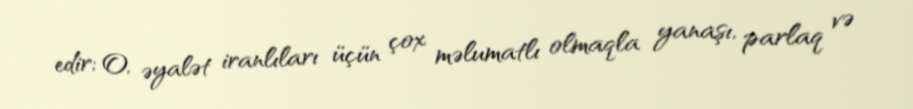
edir; O, əyalət iranlıları üçün çox məlumatlı olmaqla yanaşı, parlaq və